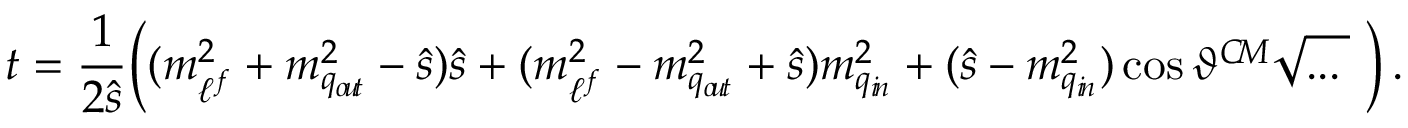
t = \frac { 1 } { 2 \hat { s } } \Big ( ( m _ { \ell ^ { f } } ^ { 2 } + m _ { q _ { o \! u \! t } } ^ { 2 } - \hat { s } ) \hat { s } + ( m _ { \ell ^ { f } } ^ { 2 } - m _ { q _ { o \! u \! t } } ^ { 2 } + \hat { s } ) m _ { q _ { i \! n } } ^ { 2 } + ( \hat { s } - m _ { q _ { i \! n } } ^ { 2 } ) \cos \vartheta ^ { C \! M } \sqrt { . . . \phantom { | } } ~ \Big ) \, .